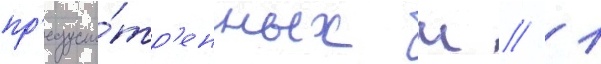
пр'едусмо́тр'енных ч // 1